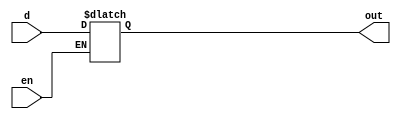
module d_latch(d,en,out);
input d,en;
output out;

reg out;
always @(d or en)
if (en)
out<=d;

endmodule